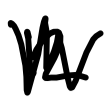
Text: 12
Cross-out: zig-zag
Writing tool: digital_black